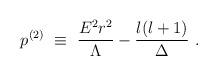
LaTeX: \begin{align*}p^{(2)}~\equiv~\frac{E^2r^2}{\Lambda} - \frac{l(l+1)}{\Delta}~.\end{align*}